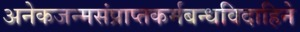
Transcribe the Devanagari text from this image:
अनेकजन्मसंप्राप्तकर्मबन्धविदाहिने